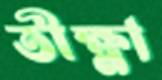
তীক্ষ্ণা